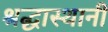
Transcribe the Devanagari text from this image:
श्रद्धास्थानी